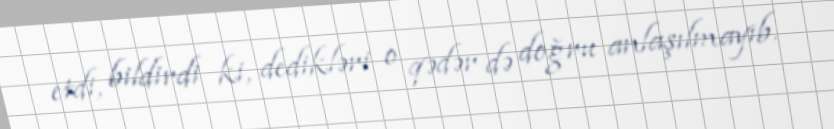
etdi, bildirdi ki, dedikləri o qədər də doğru anlaşılmayıb.